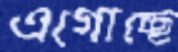
এগোচ্ছে